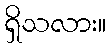
ရှိသလား။